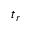
t _ { r }